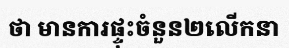
ថា មានការផ្ទុះចំនួន២លើកនា